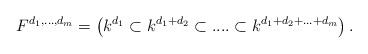
LaTeX: \begin{align*}F^{d_1,...,d_m} = \left(k^{d_1}\subset k^{d_1+d_2}\subset ....\subset k^{d_1+d_2+...+d_m}\right).\end{align*}